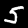
Label: 5